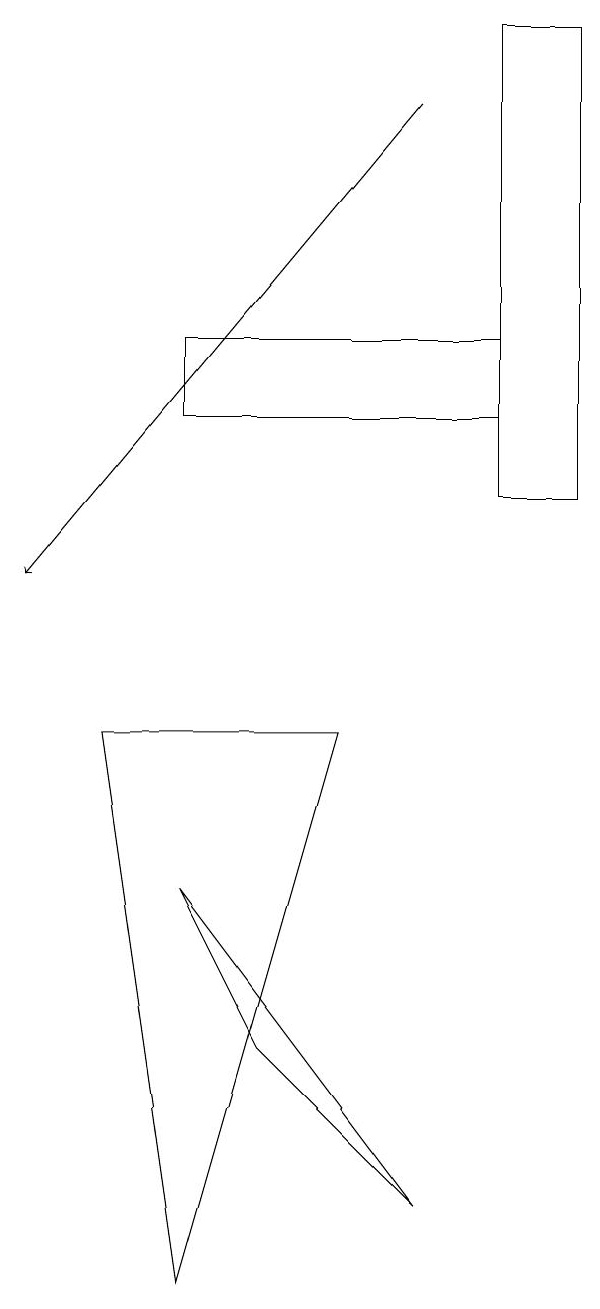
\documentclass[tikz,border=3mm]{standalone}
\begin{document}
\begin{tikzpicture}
\draw (5,5) -- (4,7) -- (7,3) -- cycle;
\draw (9,18) rectangle (8,12);
\draw (6,9) -- (4,2) -- (3,9) -- cycle;
\draw (4,14) rectangle (8,13);
\draw[->] (7,17) -- (2,11);
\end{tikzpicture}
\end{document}